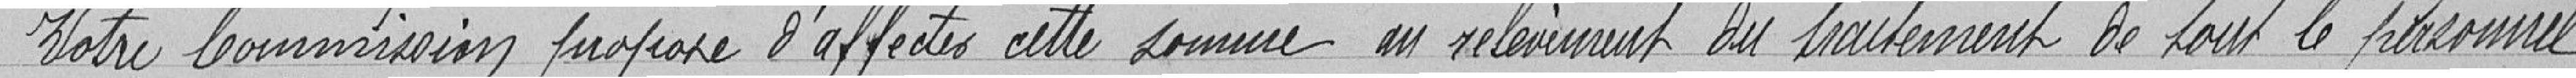
Notre Commission propose d'affecter cette somme au relèvement du traitement de tout le personnel